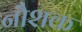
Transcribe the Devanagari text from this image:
नौशक